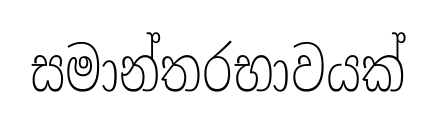
සමාන්තරභාවයක්